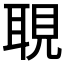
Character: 𦖃